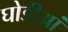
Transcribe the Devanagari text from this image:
घोडीआं